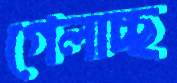
গেলাচ্ছ